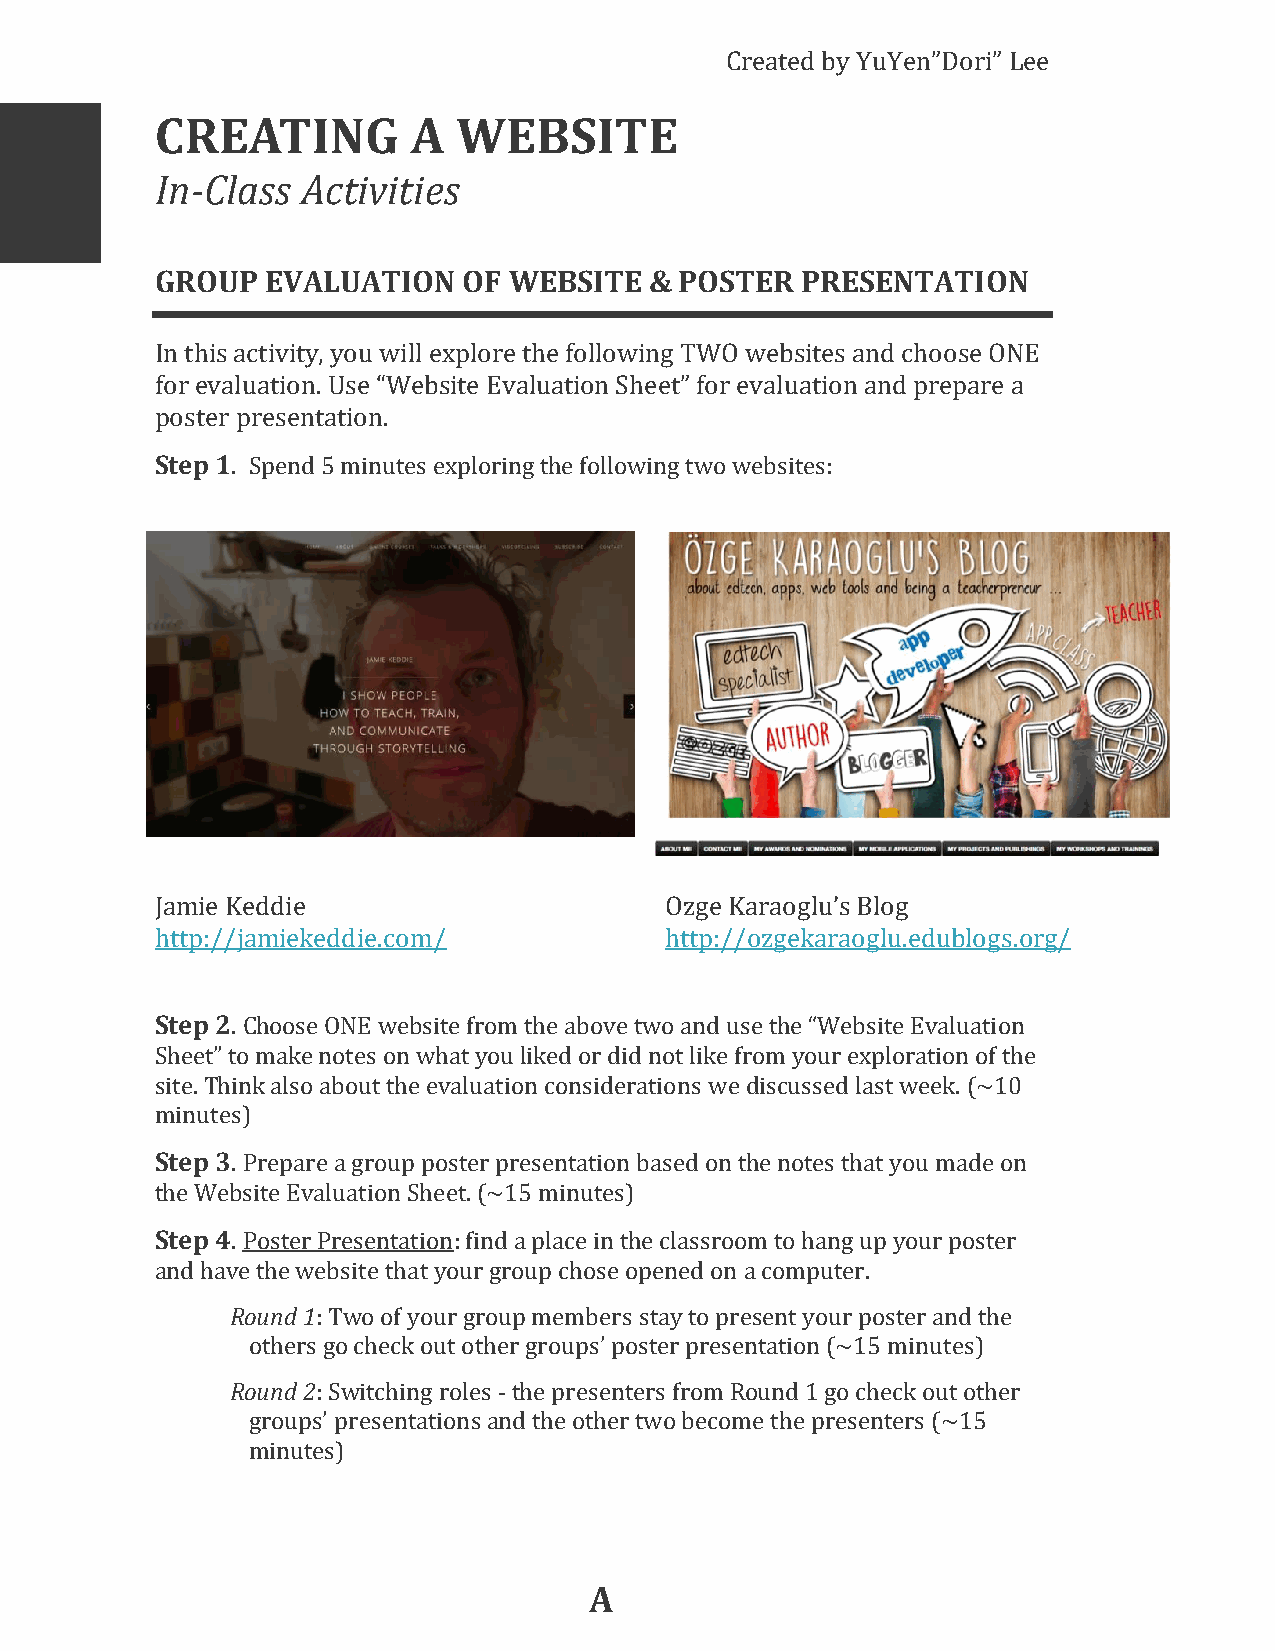
Created by YuYen”Dori” Lee
 CREATING         A  WEBSITE
 In-Class  Activities
 GROUP   EVALUATION   OF WEBSITE  & POSTER  PRESENTATION
 In this activity, you will explore the following TWO websites and choose ONE
 for evaluation. Use “Website Evaluation Sheet” for evaluation and prepare a
 poster presentation.
 Step 1. Spend 5 minutes exploring the following two websites:
 Jamie Keddie                      Ozge Karaoglu’s Blog
 http://jamiekeddie.com/           http://ozgekaraoglu.edublogs.org/
 Step 2. Choose ONE website from the above two and use the “Website Evaluation
 Sheet” to make notes on what you liked or did not like from your exploration of the
 site. Think also about the evaluation considerations we discussed last week. (~10
 minutes)
 Step 3. Prepare a group poster presentation based on the notes that you made on
 the Website Evaluation Sheet. (~15 minutes)
 Step 4. Poster Presentation: find a place in the classroom to hang up your poster
 and have the website that your group chose opened on a computer.
 Round 1: Two of your group members stay to present your poster and the
 others go check out other groups’ poster presentation (~15 minutes)
 Round 2: Switching roles - the presenters from Round 1 go check out other
 groups’ presentations and the other two become the presenters (~15
 minutes)
 A